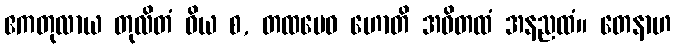
ဧကတုလာယ တုလိတံ ဝိယ စ, တထမေဝ ဟောတိ အဝိတထံ အနညထံ။ တေနာဟ